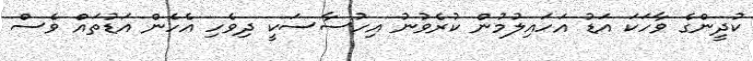
ކުދީންގެ ވާހަކަ އަޑު އަހައިލުމުން ކުރެވުނު އިހުސާސަކީ ދިވެހި އެހެން އަޑުތައް ވެސް